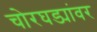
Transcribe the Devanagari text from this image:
चोरघड्यांवर